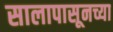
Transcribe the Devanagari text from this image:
सालापासूनच्या